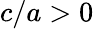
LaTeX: c/a>0